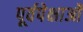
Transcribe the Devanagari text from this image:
पूर्वपेक्षाओं